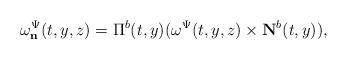
LaTeX: \begin{align*} \omega_\mathbf{n}^\Psi(t,y,z)=\Pi^b(t,y)(\omega^\Psi(t,y,z)\times\mathbf{N}^b(t,y)),\end{align*}